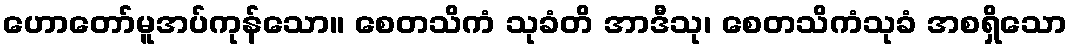
ဟောတော်မူအပ်ကုန်သော။ စေတသိကံ သုခံတိ အာဒီသု၊ စေတသိကံသုခံ အစရှိသော